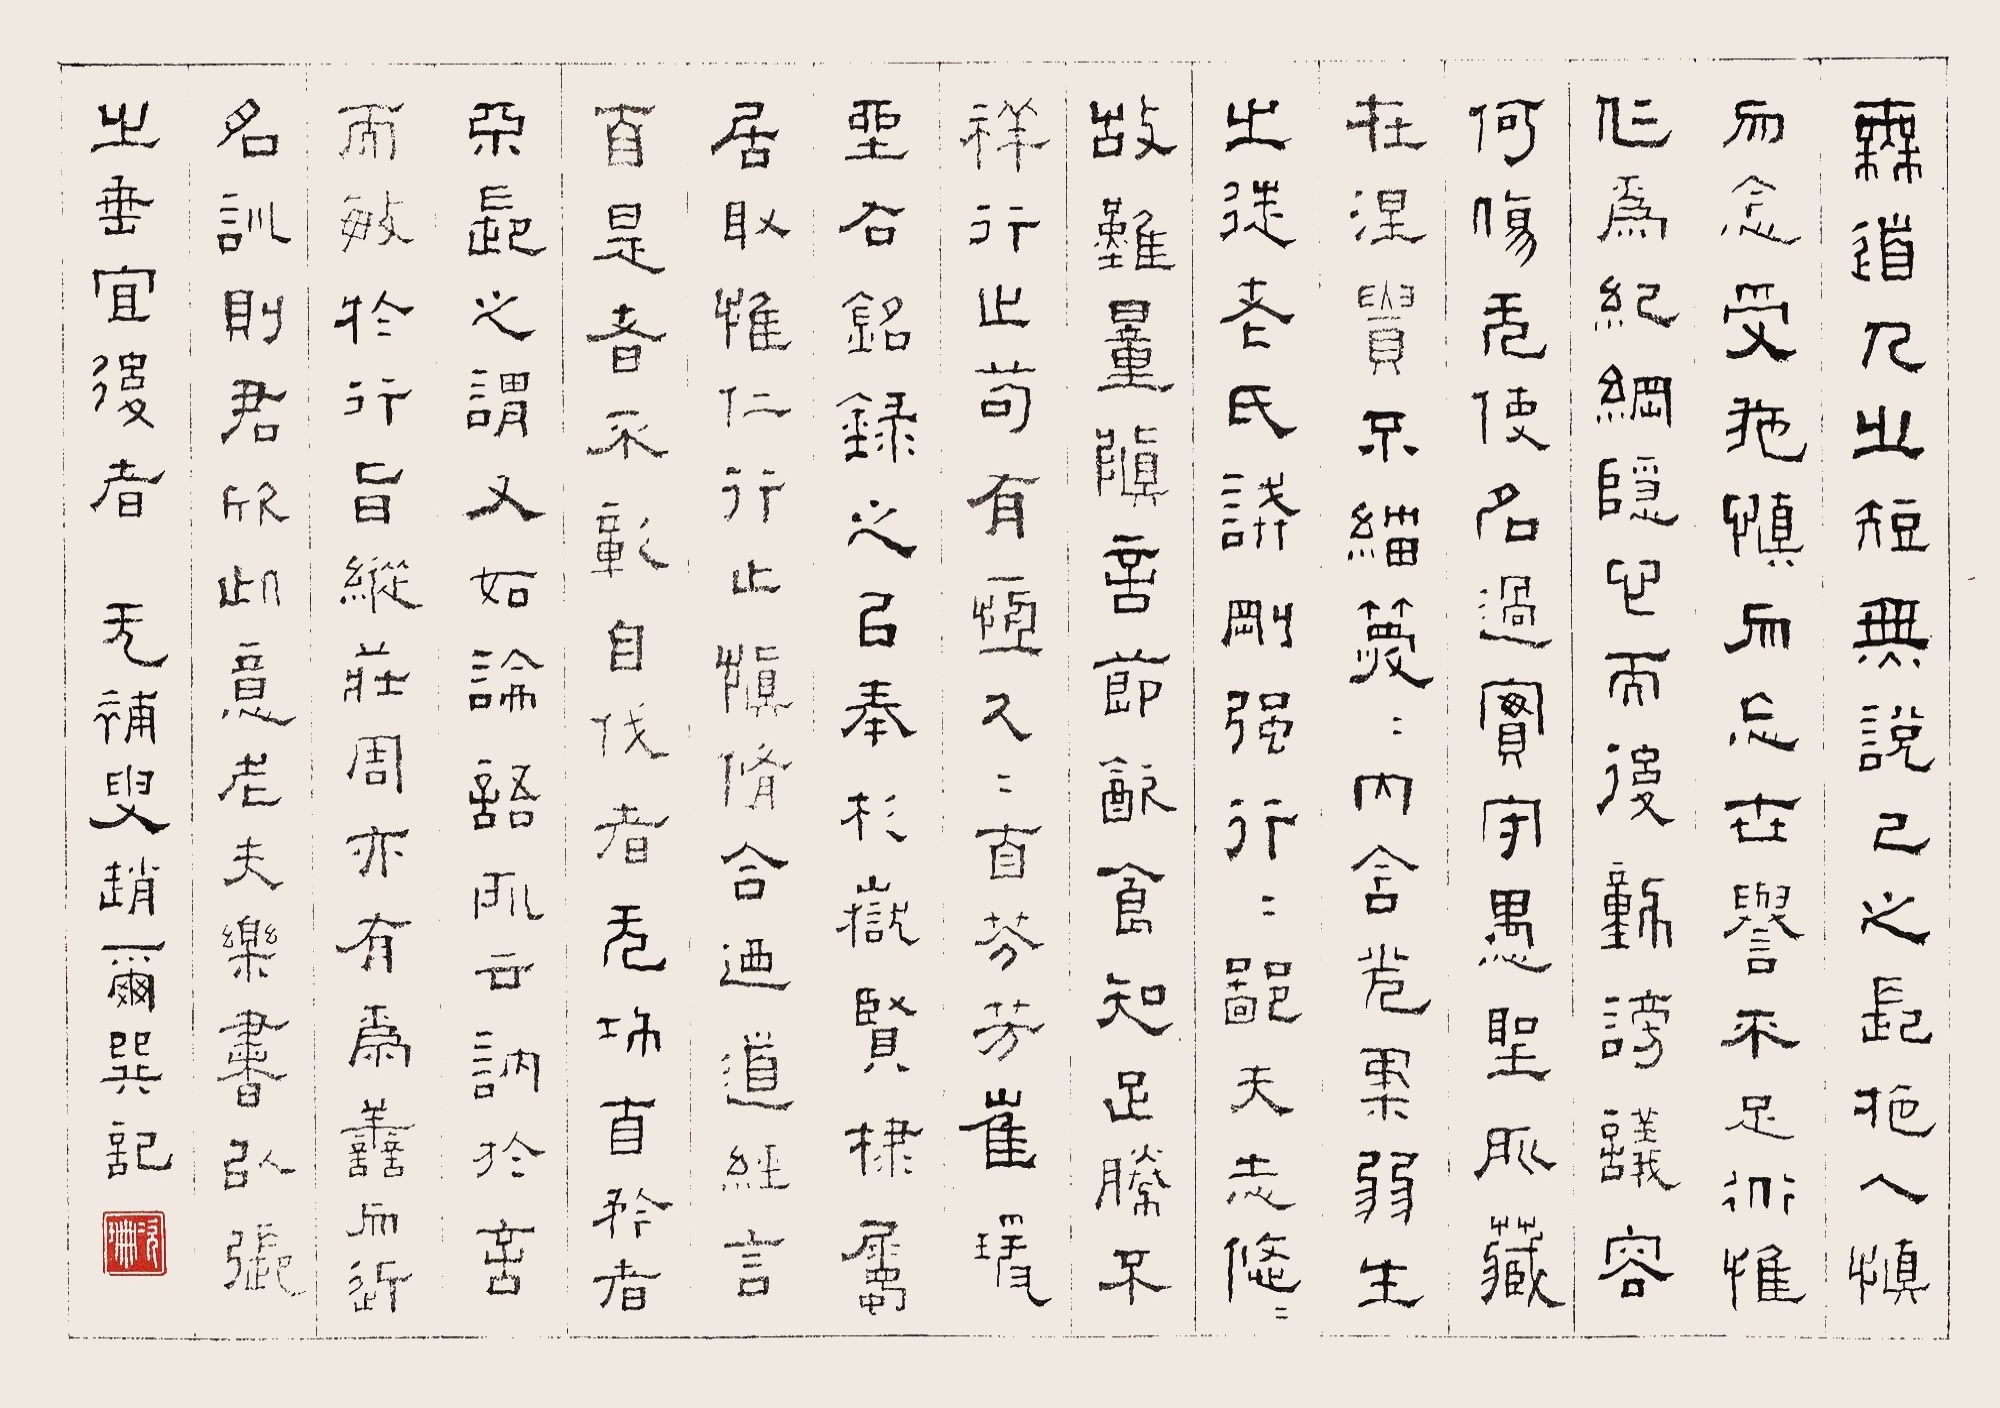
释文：无道人之短，无说己之长。施人慎勿念，受施慎勿忘。世誉不足慕，唯仁为纪纲。隐心而后动，谤议庸何伤？无使名过实，守愚圣所臧。在涅贵不淄，暧暧内含光。柔弱生之徒，老氏诫刚强。硁硁鄙夫介，悠悠故难量。慎言节饮食，知足胜不祥。行之苟有恒，久久自芬芳。崔瑗的《座右铭》，录之已奉杉岳贤棣属，居取惟仁行之慎修合。迺道经言百是者不彰，自伐者无功，自矜者不长。之谓。又如论语所言讷语言而敏于行。旨纵庄周亦有善而近名训则君欣此意。老夫乐书以张之垂宜后者。无补叟赵尔巽记。